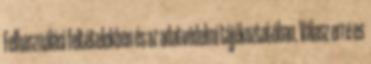
Felhasználási feltételekben és az adatvédelmi tájékoztatóban. Válasz erre es